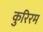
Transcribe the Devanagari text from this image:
कुरिरम